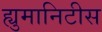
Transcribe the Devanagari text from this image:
ह्युमानिटीस